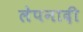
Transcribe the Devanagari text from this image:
लेपनादी